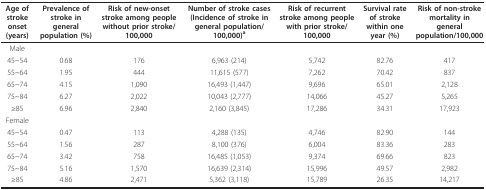
| Age of stroke onset (years) | Prevalence of stroke in general population (%) | Risk of new-onset stroke among people without prior stroke/100,000 | Number of stroke cases (Incidence of stroke in general population/100,000)a | Risk of recurrent stroke among people with prior stroke/100,000 | Survival rate of stroke within one year (%) | Risk of non-stroke mortality in general population/100,000 |
 | --- | --- | --- | --- | --- | --- | --- |
 | Male |  |  |  |  |  |  |
 | 45~54 | 0.68 | 176 | 6,963 (214) | 5,742 | 82.76 | 417 |
 | 55~64 | 1.95 | 444 | 11,615 (577) | 7,262 | 70.42 | 837 |
 | 65~74 | 4.15 | 1,090 | 16,493 (1,447) | 9,696 | 65.01 | 2,128 |
 | 75~84 | 6.27 | 2,022 | 10,043 (2,777) | 14,066 | 45.27 | 5,265 |
 | ≥85 | 6.96 | 2,840 | 2,160 (3,845) | 17,286 | 34.31 | 17,923 |
 | Female |  |  |  |  |  |  |
 | 45~54 | 0.47 | 113 | 4,288 (135) | 4,746 | 82.90 | 144 |
 | 55~64 | 1.56 | 287 | 8,100 (376) | 6,004 | 83.36 | 283 |
 | 65~74 | 3.42 | 758 | 16,485 (1,053) | 9,374 | 69.66 | 823 |
 | 75~84 | 5.16 | 1,570 | 16,639 (2,314) | 15,996 | 49.57 | 2,982 |
 | ≥85 | 4.86 | 2,471 | 5,362 (3,118) | 15,789 | 26.35 | 14,217 |